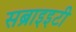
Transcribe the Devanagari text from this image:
सब्राइइटी